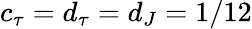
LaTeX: c_{\tau}=d_{\tau}=d_{J}=1/12